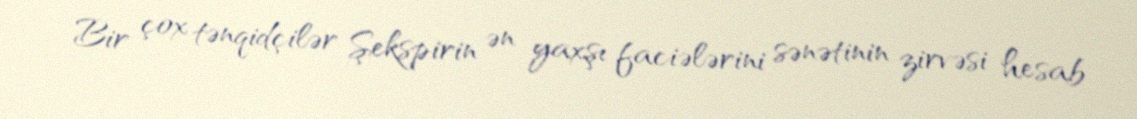
Bir çox tənqidçilər Şekspirin ən yaxşı faciələrini sənətinin zirvəsi hesab